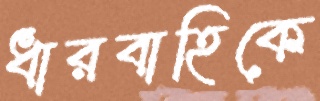
ধারবাহিকে